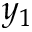
y _ { 1 }